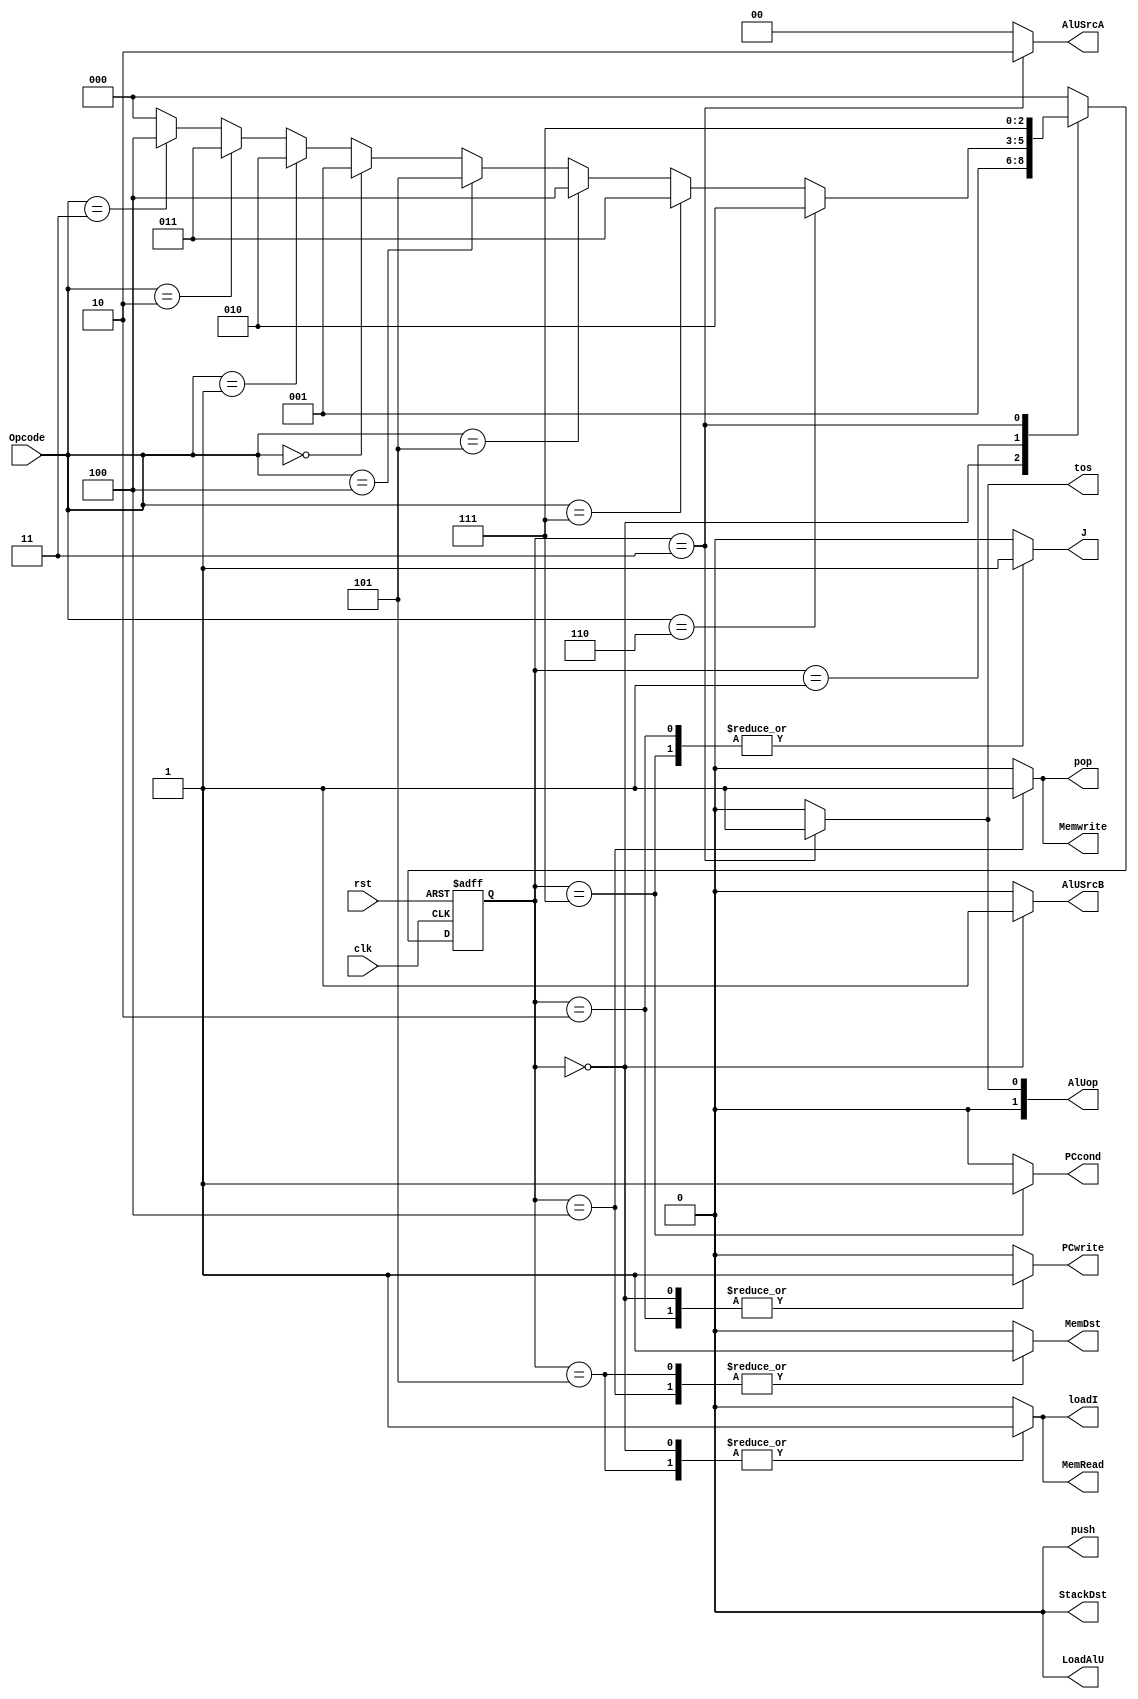
`timescale 1ns/1ns
module Controller(input clk,rst,input [2:0]Opcode,output reg PCwrite,PCcond,MemDst,MemRead,Memwrite,loadI,J,StackDst,push,pop,tos,AlUSrcB,LoadAlU,output reg[1:0] AlUSrcA,AlUop);
  reg [2:0]ps,ns;
  always@(Opcode,ps) begin
    {PCwrite,PCcond,MemDst,MemRead,Memwrite,loadI,J,StackDst,push,pop,tos,AlUSrcB,LoadAlU}= 14'b 0;
    AlUSrcA=2'b 00;
    AlUop=2'b 00;
    ns=4'b 0000;
    case(ps)
      4'b 0000:begin MemDst=1'b 0;MemRead=1'b 1;loadI=1'b 1;AlUSrcA=2'b 00;AlUSrcB=1'b 1;AlUop=2'b 00;J=1'b 0;PCwrite=1'b 1;ns=4'b 0001; end
      4'b 0001:begin if(Opcode==3'b 110) ns=4'b 0010; //JMP
                     else if(Opcode==3'b 111) ns=4'b 0011; //Jz
                     else if(Opcode==3'b 101) ns=4'b 0100; //pop
                     else if(Opcode==3'b 100) ns=4'b 0101; //push
                     else if(Opcode==3'b 000) ns=4'b 1001; //ADD
                     else if(Opcode==3'b 001) ns=4'b 1010; //SUB
                     else if(Opcode==3'b 010) ns=4'b 1011; //AND
                     else if(Opcode==3'b 011) ns=4'b 1100; //NOT
                     end
      4'b 0010:begin J=1'b 1;PCwrite=1'b 1; ns=4'b 0000; end
      4'b 0011:begin tos=1'b 1;AlUSrcA=2'b 10;AlUop=2'b 01; ns=4'b 0111; end
      4'b 0100:begin pop=1'b 1;MemDst=1'b 1;Memwrite=1'b 1; ns=4'b 0000; end 
      4'b 0101:begin MemDst=1'b 1;MemRead=1'b 1;loadI=1'b 1;ns=4'b 1000; end 
      4'b 0111:begin J=1'b 1;PCcond=1'b 1; ns=4'b 0000; end
      4'b 1000:begin StackDst=1'b 1;push=1'b 1; ns=4'b 0000; end
      4'b 1001:begin pop=1'b 1;AlUSrcA=2'b 01;AlUSrcB=1'b 0;AlUop=2'b 00; ns=4'b 1101; end
      4'b 1010:begin pop=1'b 1;AlUSrcA=2'b 01;AlUSrcB=1'b 0;AlUop=2'b 01; ns=4'b 1101; end
      4'b 1011:begin pop=1'b 1;AlUSrcA=2'b 01;AlUSrcB=1'b 0;AlUop=2'b 10; ns=4'b 1101; end
      4'b 1100:begin AlUSrcB=1'b 0;AlUop=2'b 11;StackDst=1'b 0; ns=4'b 1110; end
      4'b 1101:begin StackDst=1'b 0;LoadAlU=1'b 1; ns=4'b 1110; end
      4'b 1110:begin push=1'b 1; ns=4'b 0000; end
      default ns=4'b 0000;
    endcase
  end
always@(posedge clk,posedge rst) begin
if(rst) ps<= 4'b 0000;
else ps<=ns;
end

endmodule